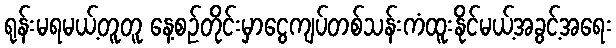
ရုန်းမရမယ့်တူတူ နေ့စဉ်တိုင်းမှာငွေကျပ်တစ်သန်းကံထူးနိုင်မယ့်အခွင့်အရေး